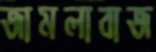
জামলাবাজ